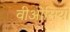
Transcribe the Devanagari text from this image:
वीओसियों